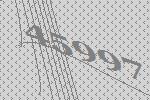
45997